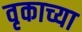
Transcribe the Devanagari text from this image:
वृकाच्या